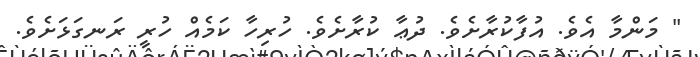
" މަންމާ އެވެ. އުފާކުރާށެވެ. ދުޢާ ކުރާށެވެ. ހުރިހާ ކަމެއް ހުރީ ރަނގަޅަށެވެ.